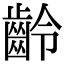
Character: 齡